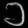
Digit: ၁